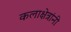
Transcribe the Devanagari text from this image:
कलाक्षेत्रांनी